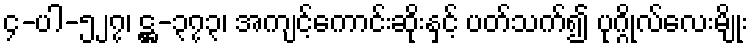
၄-ပါ-၅၂၇၊ ဋ္ဌ-၃၇၃၊ အကျင့်ကောင်းဆိုးနှင့် ပတ်သက်၍ ပုဂ္ဂိုလ်လေးမျိုး